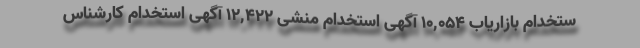
ستخدام بازاریاب 10,054 آگهی استخدام منشی 12,422 آگهی استخدام کارشناس